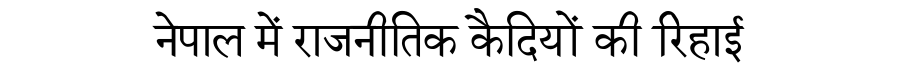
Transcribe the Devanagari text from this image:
नेपाल में राजनीतिक कैदियों की रिहाई